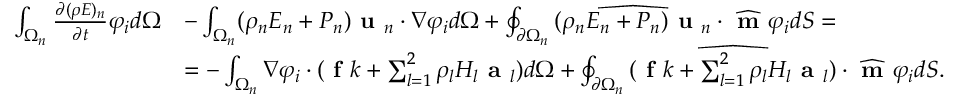
\begin{array} { r l } { \int _ { \Omega _ { n } } \frac { \partial ( \rho E ) _ { n } } { \partial t } \varphi _ { i } d \Omega } & { - \int _ { \Omega _ { n } } ( \rho _ { n } E _ { n } + P _ { n } ) \textbf { u } _ { n } \cdot \nabla \varphi _ { i } d \Omega + \oint _ { \partial \Omega _ { n } } \widehat { ( \rho _ { n } E _ { n } + P _ { n } ) \textbf { u } _ { n } } \cdot \widehat { \textbf { m } } \varphi _ { i } d S = } \\ & { = - \int _ { \Omega _ { n } } \nabla \varphi _ { i } \cdot ( \textbf { f } k + \sum _ { l = 1 } ^ { 2 } \rho _ { l } H _ { l } \textbf { a } _ { l } ) d \Omega + \oint _ { \partial \Omega _ { n } } \widehat { ( \textbf { f } k + \sum _ { l = 1 } ^ { 2 } \rho _ { l } H _ { l } \textbf { a } _ { l } ) } \cdot \widehat { \textbf { m } } \varphi _ { i } d S . } \end{array}